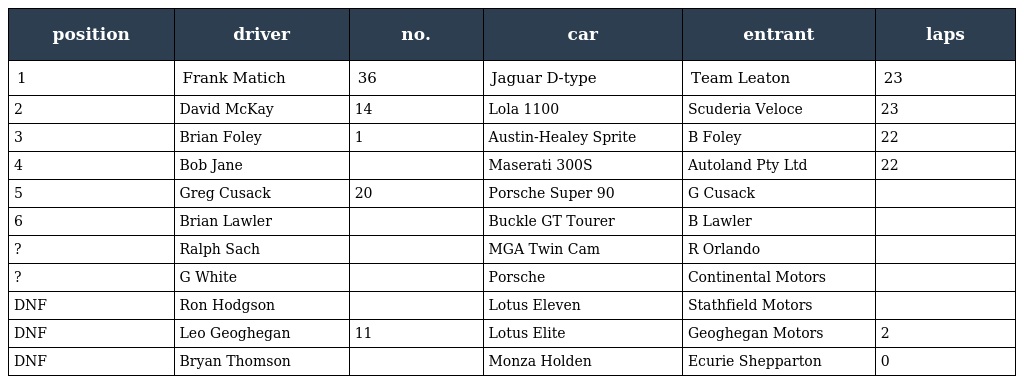
| position | driver | no. | car | entrant | laps |
 | --- | --- | --- | --- | --- | --- |
 | 1 | Frank Matich | 36 | Jaguar D-type | Team Leaton | 23 |
 | 2 | David McKay | 14 | Lola 1100 | Scuderia Veloce | 23 |
 | 3 | Brian Foley | 1 | Austin-Healey Sprite | B Foley | 22 |
 | 4 | Bob Jane |  | Maserati 300S | Autoland Pty Ltd | 22 |
 | 5 | Greg Cusack | 20 | Porsche Super 90 | G Cusack |  |
 | 6 | Brian Lawler |  | Buckle GT Tourer | B Lawler |  |
 | ? | Ralph Sach |  | MGA Twin Cam | R Orlando |  |
 | ? | G White |  | Porsche | Continental Motors |  |
 | DNF | Ron Hodgson |  | Lotus Eleven | Stathfield Motors |  |
 | DNF | Leo Geoghegan | 11 | Lotus Elite | Geoghegan Motors | 2 |
 | DNF | Bryan Thomson |  | Monza Holden | Ecurie Shepparton | 0 |